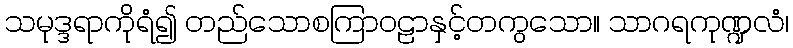
သမုဒ္ဒရာကိုရံ၍ တည်သောစကြာဝဠာနှင့်တကွသော။ သာဂရကုဏ္ဍလံ၊